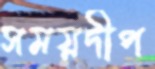
সময়দীপ